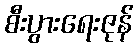
စီးပွားရေးဇုန်